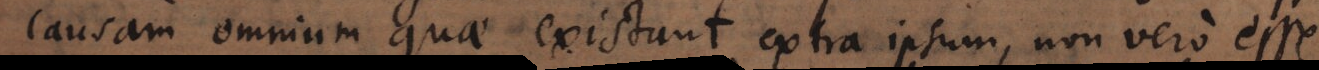
causam omnium quae existunt extra ipsum, non vero esse